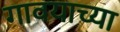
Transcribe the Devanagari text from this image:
गावयाच्या